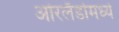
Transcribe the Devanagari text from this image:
ओरलँडोमध्ये